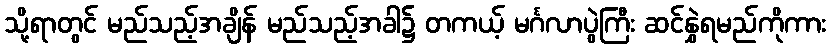
သို့ရာတွင် မည်သည့်အချိန် မည်သည့်အခါ၌ တကယ့် မင်္ဂလာပွဲကြီး ဆင်နွှဲရမည်ကိုကား